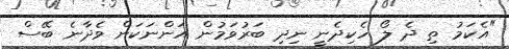
"އެކަމު ތި ދެ ލޯ ހެކިދެނީ ނިދި ބަރުވަމުން އަންނަކަން ވެދާނެ ބޭސް